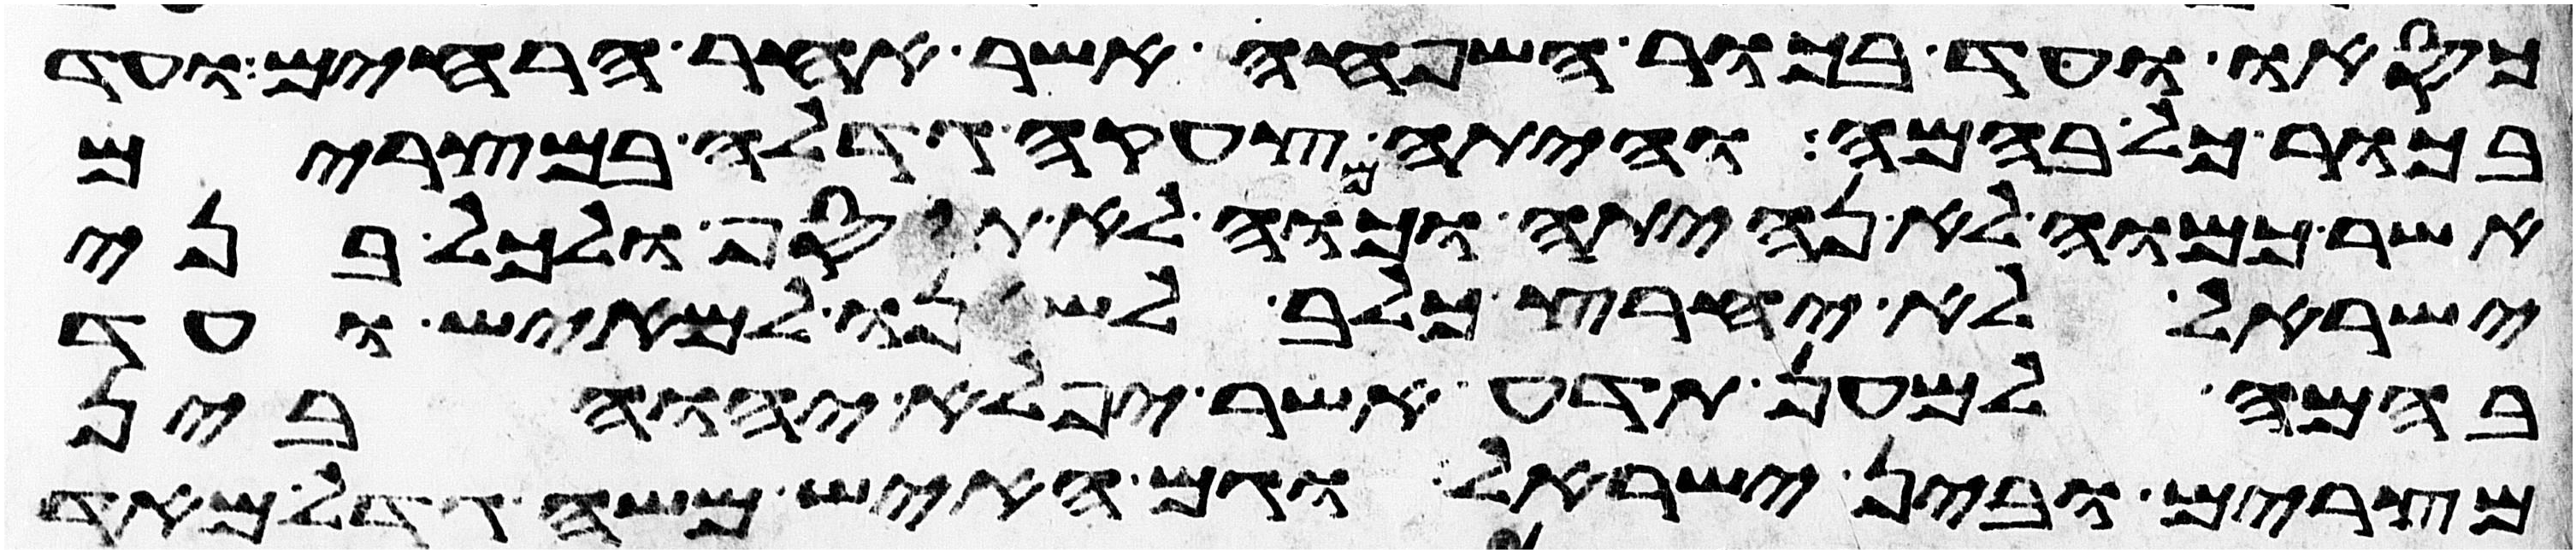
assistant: כסאו ועד בכור השפחה אשר אחר הרחים ועד
בכור כל בהמה והיתה צעקה גדלה במצרים
אשר כמוה לא נהיתה וכמוה לא תוסיף ולכל בני
ישראל לא יחרץ כלב לשנו למאיש ועד
בהמה למען תדע אשר יפלא יהוה בין
מצרים ובין ישראל וגם האיש משה גדל מאד